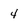
Character: 4